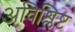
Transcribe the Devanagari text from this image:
अविश्लिष्ट